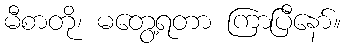
မီစာတို၊ မတွေ့ရတာ ကြာပြီနော်။